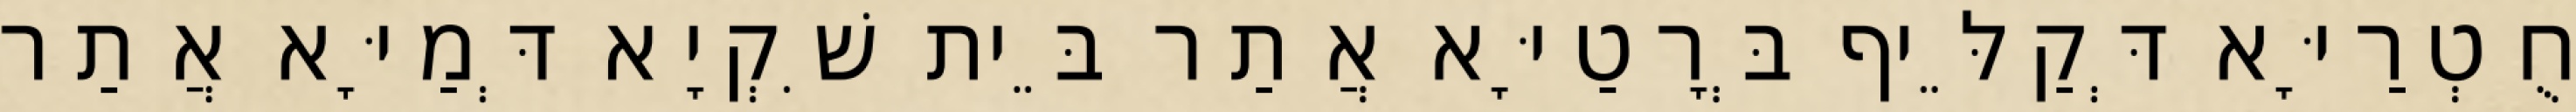
חֻטְרַיָּא דְּקַלֵּיף בְּרָטַיָּא אֲתַר בֵּית שִׁקְיָא דְּמַיָּא אֲתַר